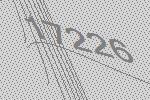
17226